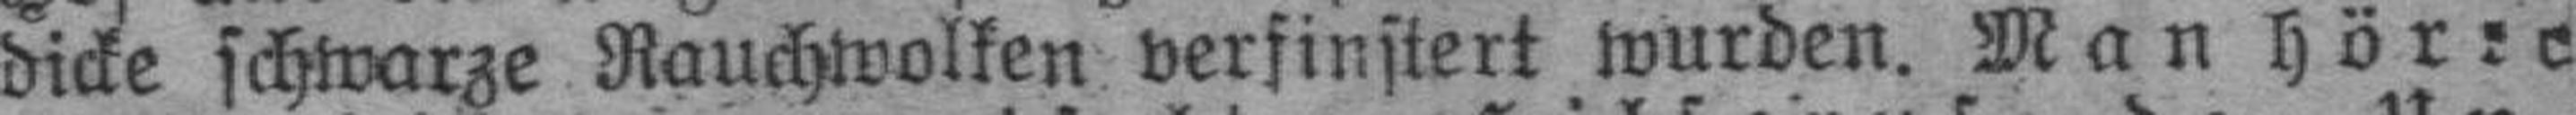
dicke schwarze Rauchwolken verfinstert wurden. Man hör:c